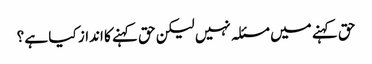
حق کہنے میں مسئلہ نہیں لیکن حق کہنے کا انداز کیا ہے ؟